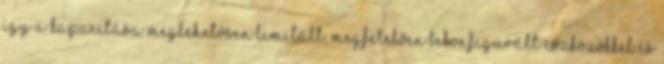
így a kapacitása meglehetősen limitált, megfelelően bekonfigurált eszközökkel és